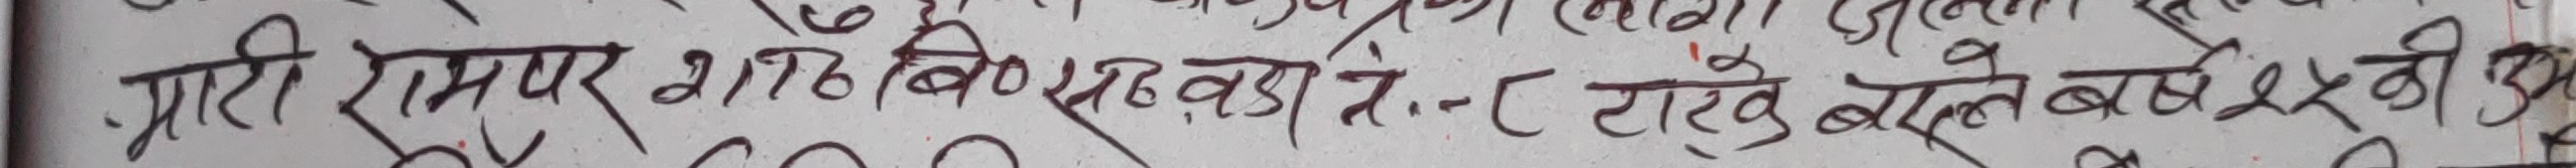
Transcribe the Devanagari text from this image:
ग्राही रामपर शावि ठवड़ी ७.- टारे बोले बर्ष ५५ नी उ